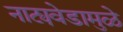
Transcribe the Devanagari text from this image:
नाट्यवेडामुळे